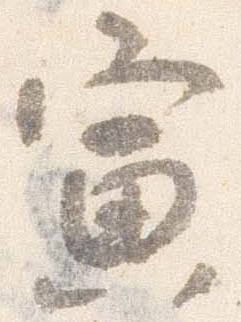
寅